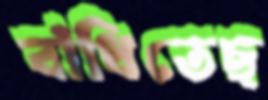
বাঁধিতেছ